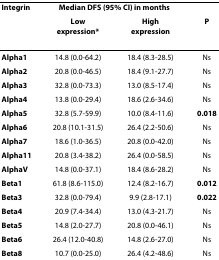
<table><thead><tr><td><b>Integrin</b></td><td colspan="2"><b>Median DFS (95% CI) in months</b></td><td></td></tr><tr><td></td><td><b>Low expression*</b></td><td><b>High expression</b></td><td><b>P</b></td></tr></thead><tbody><tr><td><b>Alpha1</b></td><td>14.8 (0.0-64.2)</td><td>18.4 (8.3-28.5)</td><td>Ns</td></tr><tr><td><b>Alpha2</b></td><td>20.8 (0.0-46.5)</td><td>18.4 (9.1-27.7)</td><td>Ns</td></tr><tr><td><b>Alpha3</b></td><td>32.8 (0.0-73.3)</td><td>13.0 (8.5-17.4)</td><td>Ns</td></tr><tr><td><b>Alpha4</b></td><td>13.8 (0.0-29.4)</td><td>18.6 (2.6-34.6)</td><td>Ns</td></tr><tr><td><b>Alpha5</b></td><td>32.8 (5.7-59.9)</td><td>10.0 (8.4-11.6)</td><td><b>0.018</b></td></tr><tr><td><b>Alpha6</b></td><td>20.8 (10.1-31.5)</td><td>26.4 (2.2-50.6)</td><td>Ns</td></tr><tr><td><b>Alpha7</b></td><td>18.6 (1.0-36.5)</td><td>20.8 (0.0-42.0)</td><td>Ns</td></tr><tr><td><b>Alpha11</b></td><td>20.8 (3.4-38.2)</td><td>26.4 (0.0-58.5)</td><td>Ns</td></tr><tr><td><b>AlphaV</b></td><td>14.8 (0.0-37.1)</td><td>18.4 (8.6-28.2)</td><td>Ns</td></tr><tr><td><b>Beta1</b></td><td>61.8 (8.6-115.0)</td><td>12.4 (8.2-16.7)</td><td><b>0.012</b></td></tr><tr><td><b>Beta3</b></td><td>32.8 (0.0-79.4)</td><td>9.9 (2.8-17.1)</td><td><b>0.022</b></td></tr><tr><td><b>Beta4</b></td><td>20.9 (7.4-34.4)</td><td>13.0 (4.3-21.7)</td><td>Ns</td></tr><tr><td><b>Beta5</b></td><td>14.8 (2.0-27.7)</td><td>20.8 (0.0-46.1)</td><td>Ns</td></tr><tr><td><b>Beta6</b></td><td>26.4 (12.0-40.8)</td><td>14.8 (2.6-27.0)</td><td>Ns</td></tr><tr><td><b>Beta8</b></td><td>10.7 (0.0-25.0)</td><td>26.4 (4.2-48.6)</td><td>Ns</td></tr></tbody></table>